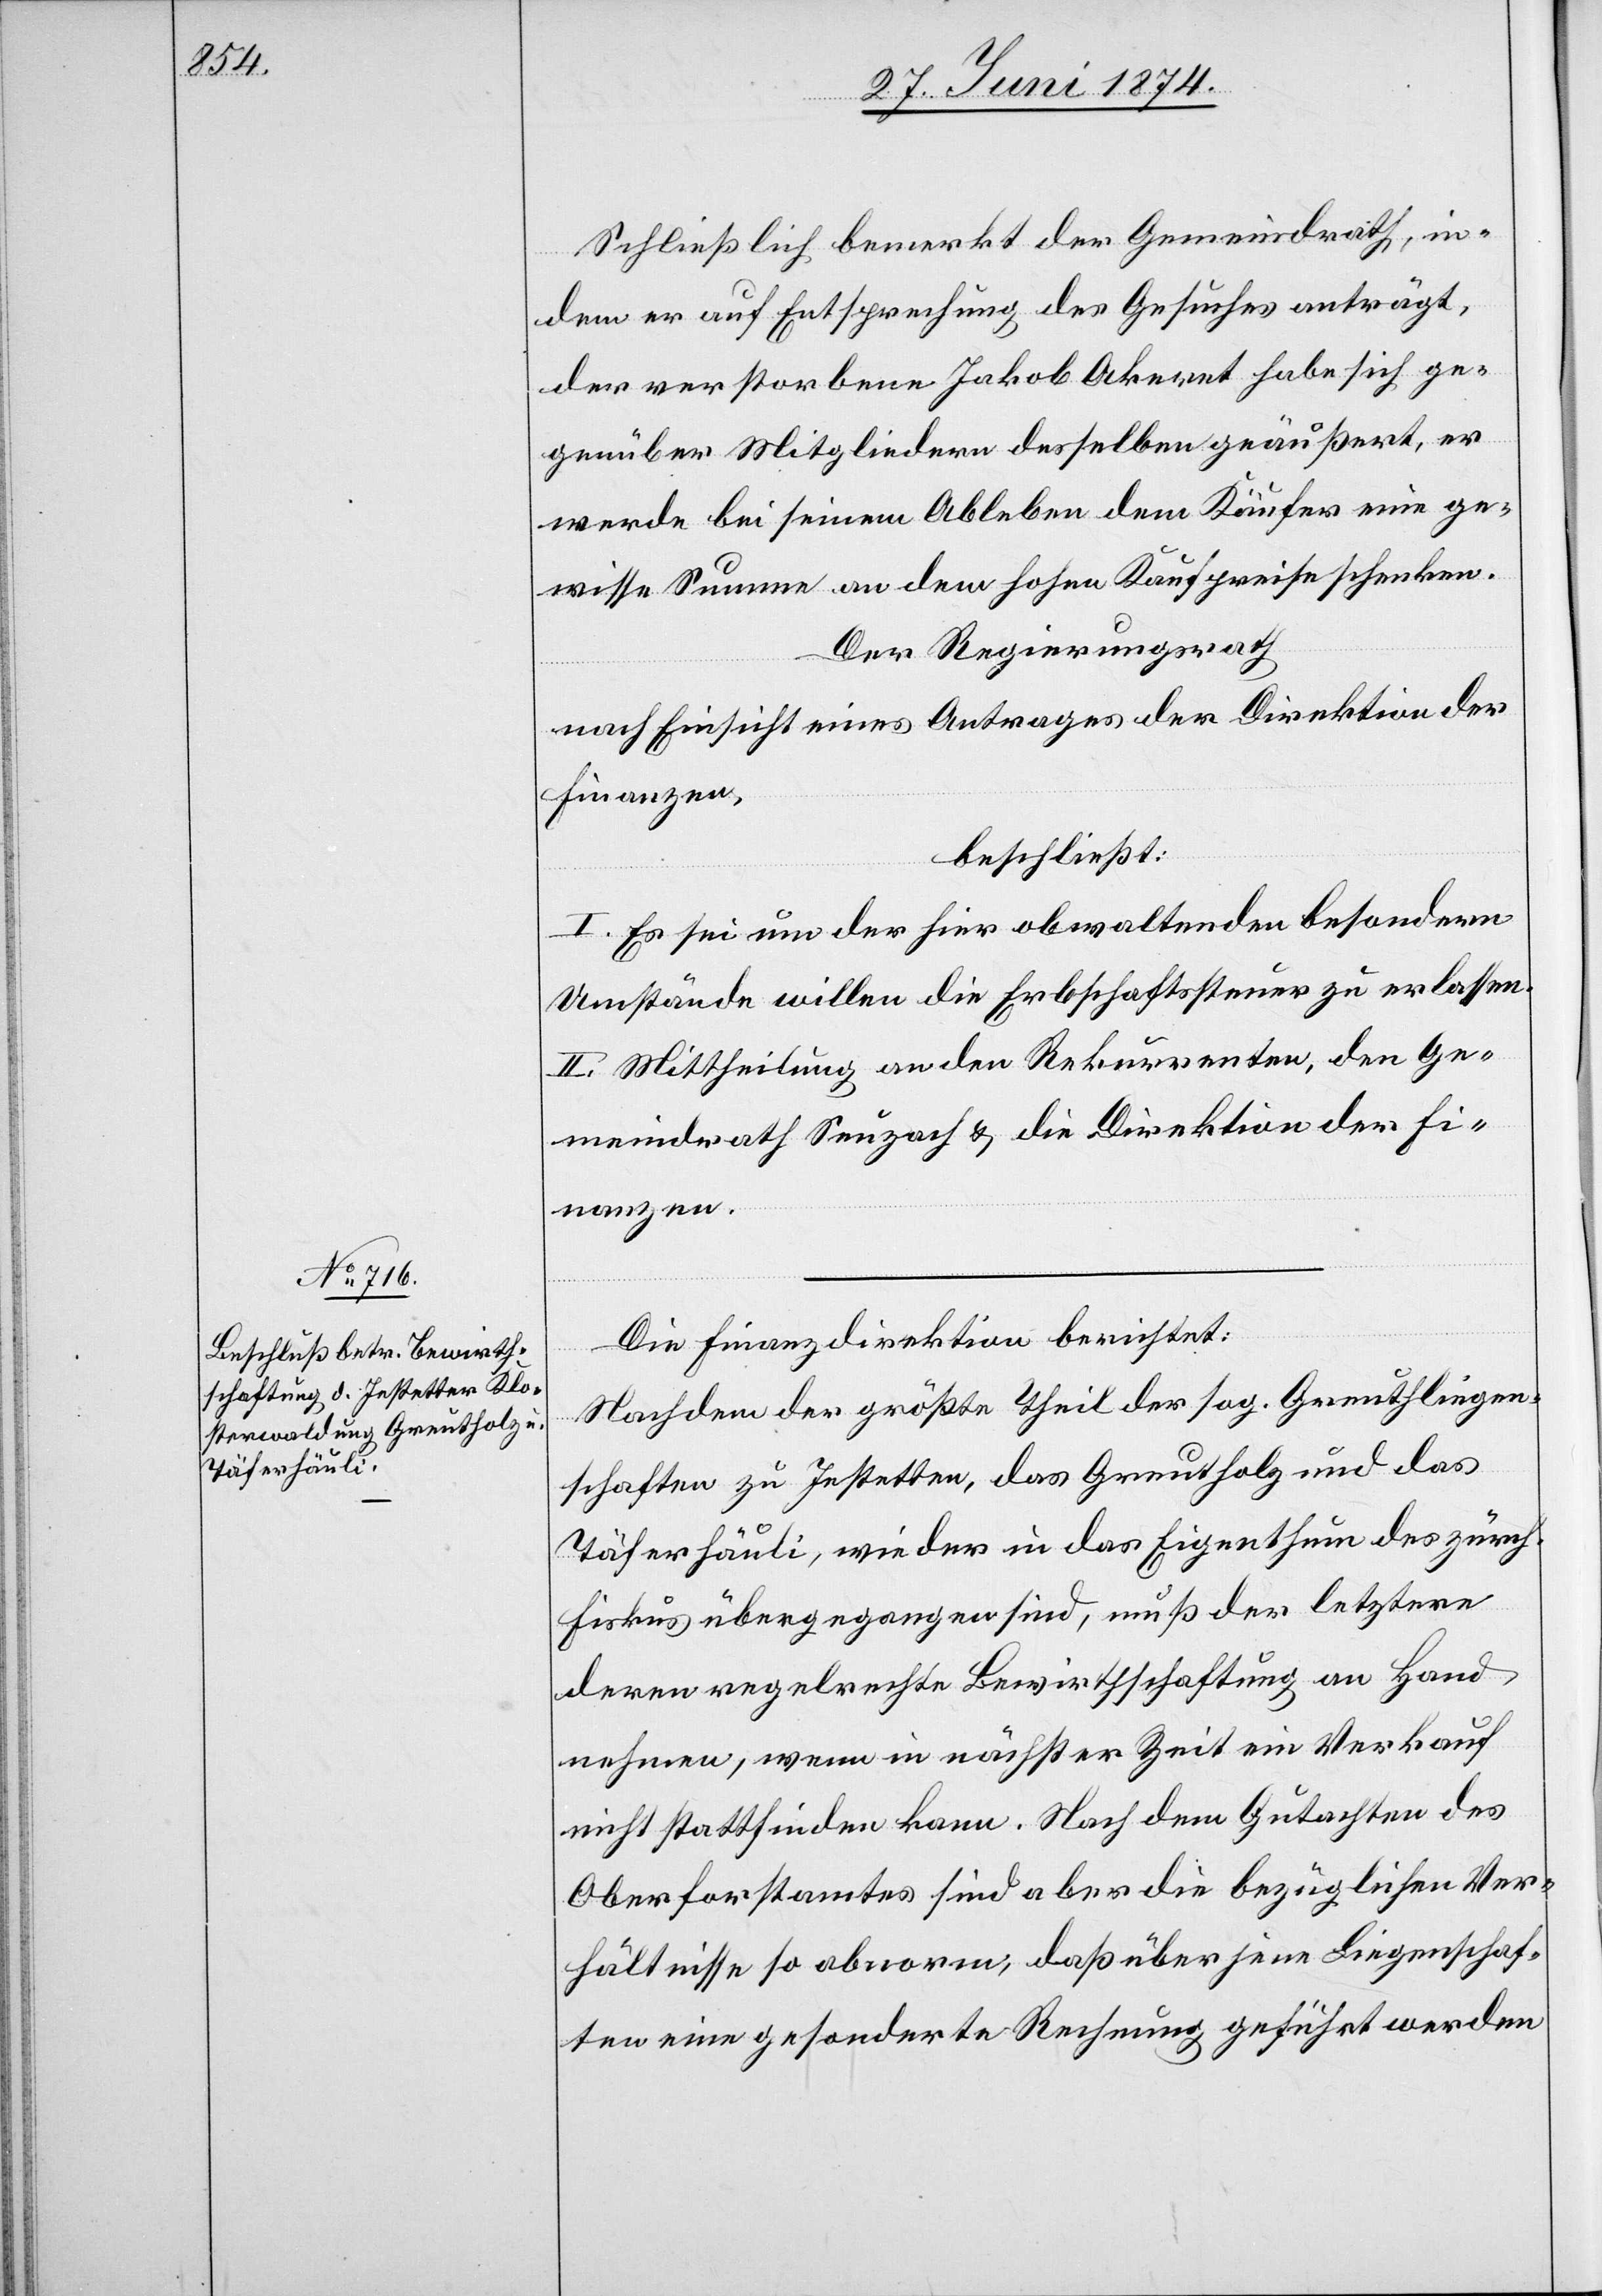
Schließlich bemerkt der Gemeindrath, in¬
dem er auf Entsprechung des Gesuches anträgt,
der verstorbene Jakob Ackeret habe sich ge¬
genüber Mitgliedern desselben geäußert, er
werde bei seinem Ableben dem Käufer eine ge¬
wisse Summe an den hohen Kaufpreise schenken.
Der Regierungsrath
nach Einsicht eines Antrages der Direktion der
Finanzen,
beschließt:
I. Es sei um der hier obwaltenden besondern
Umstände willen die Erbschaftssteuer zu erlassen.
II. Mittheilung an den Rekurrenten, den Ge¬
meindrath Seuzach u. die Direktion der Fi¬
nanzen.
Die Finanzdirektion berichtet:
Nachdem der größte Theil der sog. Greuthliegen¬
schaften zu Jestetten, das Greutholz und das
Täferhäuli, wieder in das Eigenthum des zürch.
Fiskus übergegangen sind, muß der letztere
deren regelrechte Bewirtschaftung an Hand
nehmen, wenn in nächster Zeit ein Verkauf
nicht stattfinden kann. Nach dem Gutachten des
Oberforstamtes sind aber die bezüglichen Ver¬
hältnisse so abnorm, daß über jene Liegenschaf¬
ten eine gesonderte Rechnung geführt werden